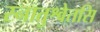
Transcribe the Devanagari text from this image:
स्नातुश्वेतसि